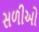
સળીઓ